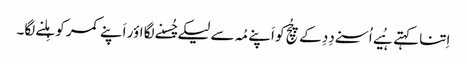
اِتنا کہتے ہُیے اُسنے دِدِ کے چُچِ کو اَپنے مُہ سے لیکے چُسنے لگا اؤر اَپنے کمر کو ہِلنے لگا۔